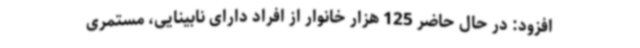
افزود: در حال حاضر 125 هزار خانوار از افراد دارای نابینایی، مستمری